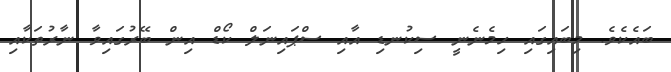
ބައެކެވެ. މިބައިގައި ހިމެނެނީ ސިކުނޑި އާއި ސްޕައިނަލް ކޯޑް އިން ބޭރުގައިވާ ނާރުތަކާއި